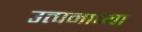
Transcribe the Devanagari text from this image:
उत्पनाच्या